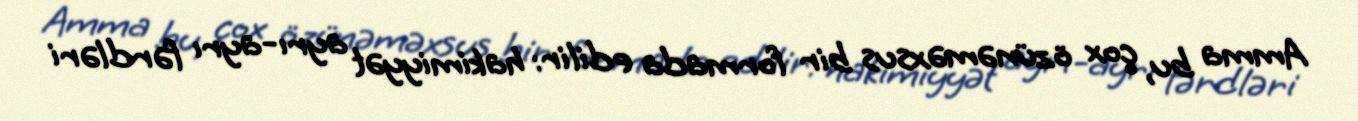
Amma bu, çox özünəməxsus bir formada edilir: hakimiyyət ayrı-ayrı fərdləri